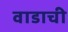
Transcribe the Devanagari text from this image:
वाडाची